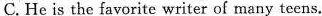
C.He is the favorite writer of many teens.